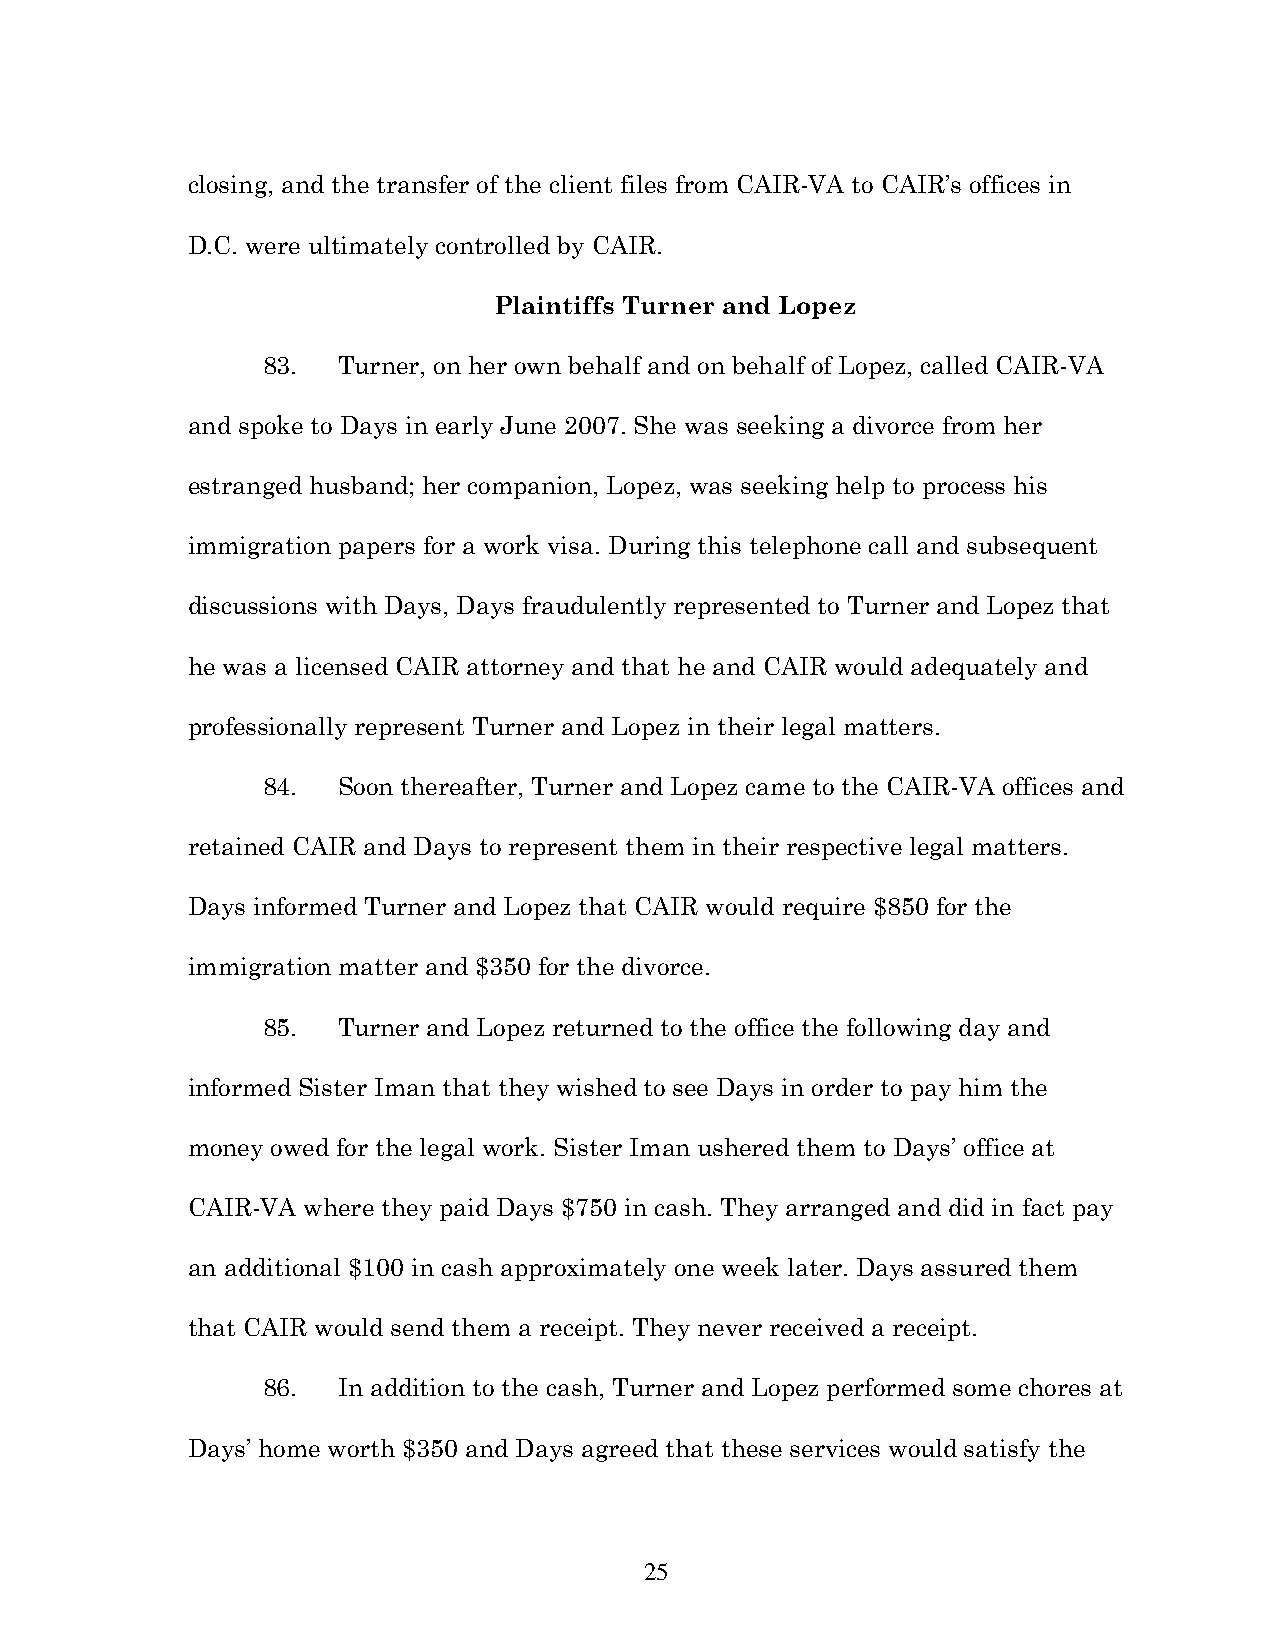
closing, and the transfer of the client files from CAIR-VA to CAIR’s offices in
 D.C. were ultimately controlled by CAIR.
 Plaintiffs Turner and Lopez
 83.  Turner, on her own behalf and on behalf of Lopez, called CAIR-VA
 and spoke to Days in early June 2007. She was seeking a divorce from her
 estranged husband; her companion, Lopez, was seeking help to process his
 immigration papers for a work visa. During this telephone call and subsequent
 discussions with Days, Days fraudulently represented to Turner and Lopez that
 he was a licensed CAIR attorney and that he and CAIR would adequately and
 professionally represent Turner and Lopez in their legal matters.
 84.  Soon thereafter, Turner and Lopez came to the CAIR-VA offices and
 retained CAIR and Days to represent them in their respective legal matters.
 Days informed Turner and Lopez that CAIR would require $850 for the
 immigration matter and $350 for the divorce.
 85.  Turner and Lopez returned to the office the following day and
 informed Sister Iman that they wished to see Days in order to pay him the
 money owed for the legal work. Sister Iman ushered them to Days’ office at
 CAIR-VA where they paid Days $750 in cash. They arranged and did in fact pay
 an additional $100 in cash approximately one week later. Days assured them
 that CAIR would send them a receipt. They never received a receipt.
 86.  In addition to the cash, Turner and Lopez performed some chores at
 Days’ home worth $350 and Days agreed that these services would satisfy the
 25